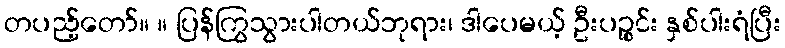
တပည့်တော်။ ။ ပြန်ကြွသွားပါတယ်ဘုရား၊ ဒါပေမယ့် ဦးပဉ္စင်း နှစ်ပါးရံပြီး